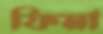
ফিমা